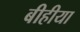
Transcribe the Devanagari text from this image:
बीहीया